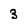
Character: 3